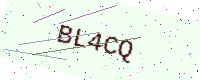
Text: BL4CQ